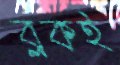
ব্লকই